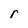
Character: r